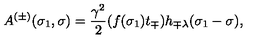
A ^ { ( \pm ) } ( \sigma _ { 1 } , \sigma ) = \frac { \gamma ^ { 2 } } { 2 } ( f ( \sigma _ { 1 } ) t _ { \mp } ) h _ { \mp \lambda } ( \sigma _ { 1 } - \sigma ) ,